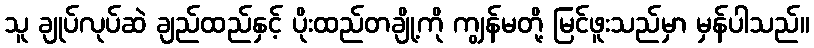
သူ ချုပ်လုပ်ဆဲ ချည်ထည်နှင့် ပိုးထည်တချို့ကို ကျွန်မတို့ မြင်ဖူးသည်မှာ မှန်ပါသည်။